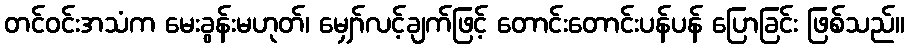
တင်ဝင်းအသံက မေးခွန်းမဟုတ်၊ မျှော်လင့်ချက်ဖြင့် တောင်းတောင်းပန်ပန် ပြောခြင်း ဖြစ်သည်။